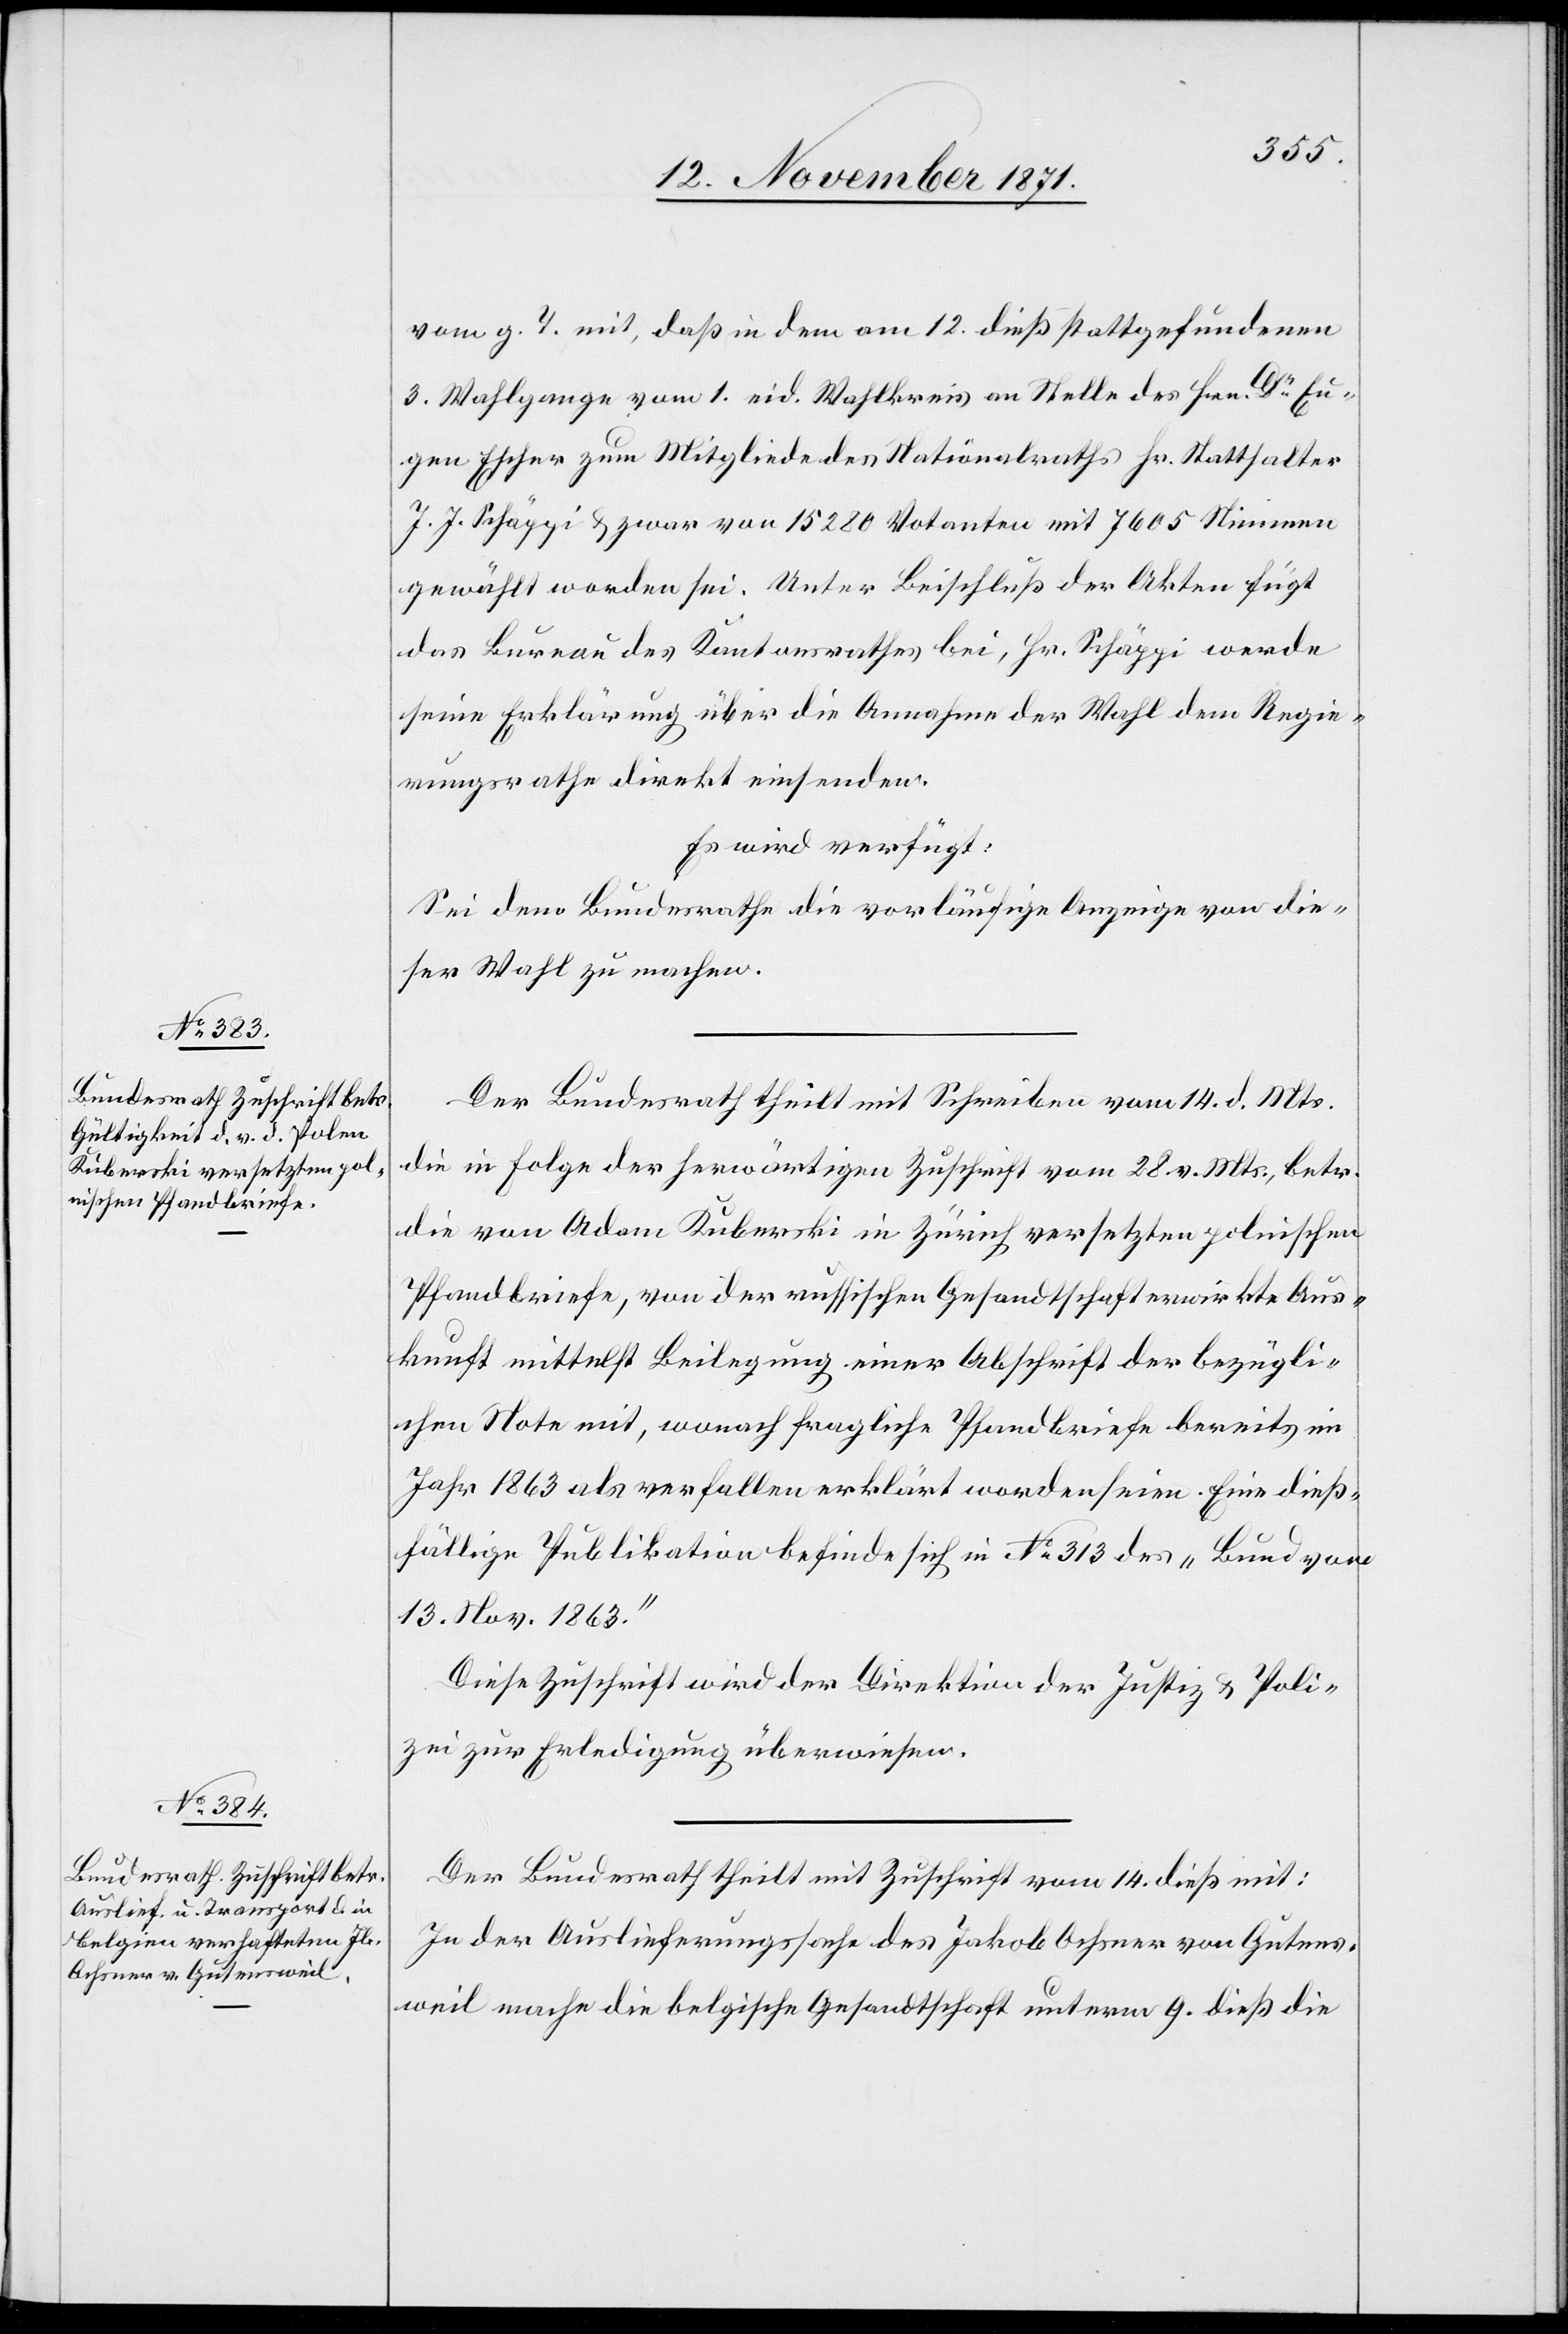
17. November 1871.]
vom g. T. mit, daß in dem am 12. dieß stattgefundenen
3. Wahlgange vom 1. Eid. Wahlkreis an Stelle des Hrn. Dr. Eu¬
gen Escher zum Mitgliede des Nationalraths Hr. Statthalter
J. J. Schäppi & zwar von 15280 Votanten mit 7605 Stimmen
gewählt worden sei. Unter Beischuß der Akten fügt
das Bureau des Kantonsrathes bei, Hr. Schäppi werde
seine Erklärung über die Annahme der Wahl dem Regie¬
rungsrath direkt einsenden.
Es wird verfügt:
Sei dem Bundesrathe die vorläufige Anzeige von die¬
ser Wahl zu machen.
Der Bundesrath theilt mit Schreiben vom 14. d. Mts.
die in Folge der herwärtigen Zuschrift vom 28. v. Mts., betr.
die von Adam Kuberski in Zürich versetzten polnischen
Pfandbriefe, von der russischen Gesandtschaft erwirkte Aus¬
kunft mittelst Beilegung einer Abschrift der bezügli¬
chen Note mit, wonach fragliche Pfandbriefe bereits im
Jahr 1863 als verfallen erklärt worden seien. Eine dieß¬
fällige Publikation befinde sich in No 313 des „Bund von
13. Nov. 1863.“
Diese Zuschrift wird der Direktion der Justiz & Poli¬
zei zur Erledigung überwiesen.
Der Bundesrath theilt mit Zuschrift vom 14. dieß mit:
In der Auslieferungssache des Jakob Ochsner von Gutens¬
weil mache die belgische Gesandtschaft unterm 9. dieß die